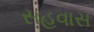
સહવાસ